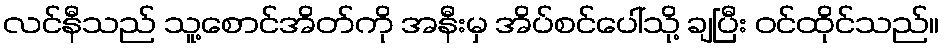
လင်နီသည် သူ့စောင်အိတ်ကို အနီးမှ အိပ်စင်ပေါ်သို့ ချပြီး ဝင်ထိုင်သည်။